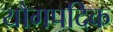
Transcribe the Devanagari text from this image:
यौगपदिक